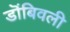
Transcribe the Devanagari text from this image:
डॊंबिवली